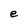
Character: e